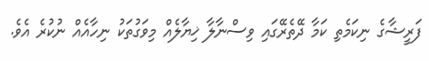
ފަރީޝާގެ ނިކަމެތި ކަމާ ދޭތެރޭގައި ވިސްނާލާ ޚިޔާލެއް މިވަގުތަކު ނިހާއެއް ނުކުރެ އެވެ.